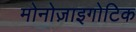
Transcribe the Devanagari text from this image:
मोनोज़ाइगोटिक